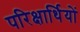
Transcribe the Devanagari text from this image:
परिक्षार्थियों